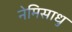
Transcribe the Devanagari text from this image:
नेमिसाधु